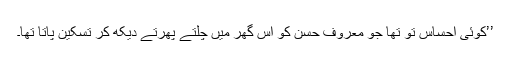
’’کوئی احساس تو تھا جو معروف حسن کو اس گھر میں چلتے پھرتے دیکھ کر تسکین پاتا تھا۔